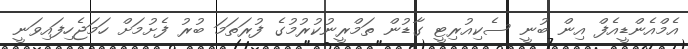
އެމްއެންޑީއެފް އިން ބުނީ ސެކިއުރިޓީ ގާޑުން ތަމްރީނުކުރުމުގެ ފުރަތަމަ ބުރު ފެށުމަށް ހަމަޖެހިފައިވަނީ